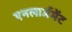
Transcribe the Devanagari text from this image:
एनलार्जमेंट